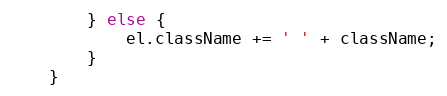
Language: JavaScript
        } else {
            el.className += ' ' + className;
        }
    }